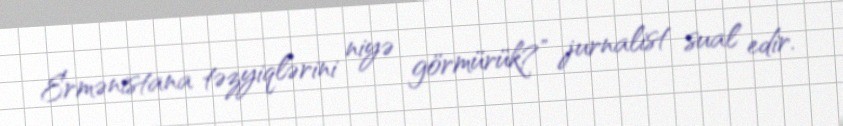
Ermənistana təzyiqlərini niyə görmürük?” jurnalist sual edir.